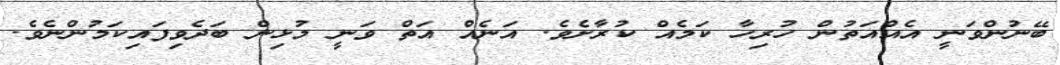
ބޭނުންވަނީ އެއްއަތުން ހުރިހާ ކަމެއް ކުރާށެވެ. އަނެއް އަތް ވަނީ މުޅިން ބަދެވިފައިކަމުންނެވެ.